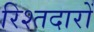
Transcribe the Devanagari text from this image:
रिश्तदारों